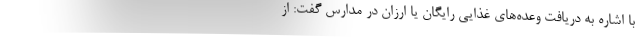
با اشاره به دریافت وعده‌های غذایی رایگان یا ارزان در مدارس گفت: از